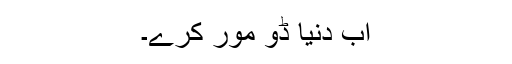
اب دنیا ڈو مور کرے۔